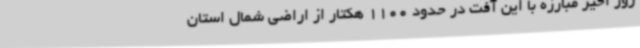
روز اخیر مبارزه با این آفت در حدود 1100 هکتار از اراضی شمال استان